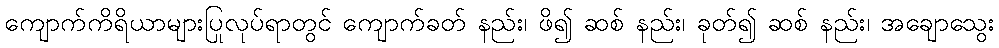
ကျောက်ကိရိယာများပြုလုပ်ရာတွင် ကျောက်ခတ် နည်း၊ ဖိ၍ ဆစ် နည်း၊ ခုတ်၍ ဆစ် နည်း၊ အချောသွေး